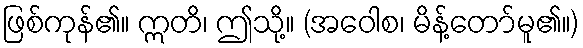
ဖြစ်ကုန်၏။ ဣတိ၊ ဤသို့။ (အဝေါစ၊ မိန့်တော်မူ၏။)